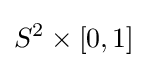
S^{2}\times [0,1]